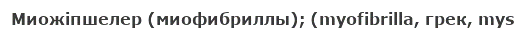
Миожіпшелер (миофибриллы); (myofibrilla, грек, mys